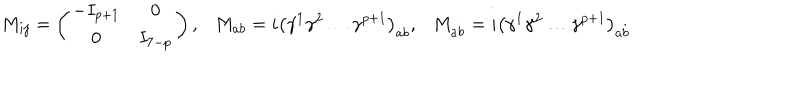
M _ { i j } = \left( \begin{matrix} { { - I _ { p + 1 } } } & { { 0 } } \\ { { 0 } } & { { I _ { 7 - p } } } \\ \end{matrix} \right) , \ \ \ M _ { \dot { a } b } = i \left( \gamma ^ { 1 } \gamma ^ { 2 } \dots \gamma ^ { p + 1 } \right) _ { \dot { a } b } , \ \ \ M _ { a \dot { b } } = i \left( \gamma ^ { 1 } \gamma ^ { 2 } \dots \gamma ^ { p + 1 } \right) _ { a \dot { b } }